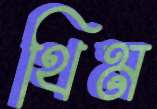
থিম